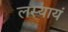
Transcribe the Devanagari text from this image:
लस्यायं